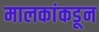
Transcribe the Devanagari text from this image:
मालकांकडून